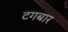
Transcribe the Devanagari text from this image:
टगबार